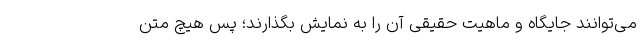
می‌توانند جایگاه و ماهیت حقیقی آن را به نمایش بگذارند؛ پس هیچ متن